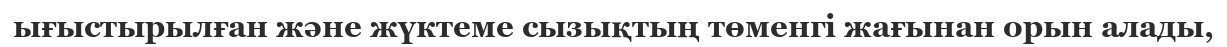
ығыстырылған және жүктеме сызықтың төменгі жағынан орын алады,